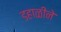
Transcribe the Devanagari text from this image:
डहाळीने